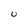
Character: 0